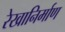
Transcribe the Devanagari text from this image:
रेखानिर्माण